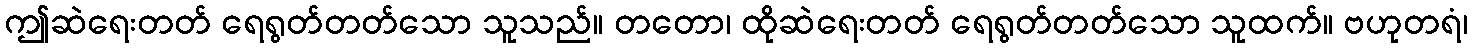
ဤဆဲရေးတတ် ရေရွတ်တတ်သော သူသည်။ တတော၊ ထိုဆဲရေးတတ် ရေရွတ်တတ်သော သူထက်။ ဗဟုတရံ၊